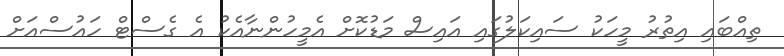
ތިއްބައި އިތުރު މީހަކު ސައިކަލުގައި އައިސް މަޑުކޮށް އެމީހުންނާއެކު އެ ގެސްޓް ހައުސްއަށް